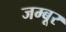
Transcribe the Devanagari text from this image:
जम्बूर